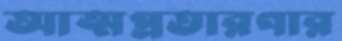
আত্মপ্রতারণার